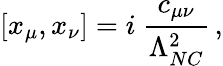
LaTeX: [x_{\mu},x_{\nu}]=i~\frac{c_{\mu\nu}}{\Lambda_{NC}^{2}}\, ,